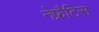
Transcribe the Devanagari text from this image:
नेफ्रैटिस